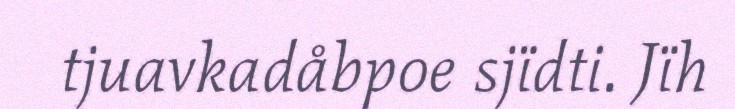
tjuavkadåbpoe sjïdti. Jïh